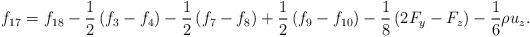
LaTeX: \begin{align*}{f_{17}} = {f_{18}} - \frac{1}{2}\left( {{f_3} - {f_4}} \right) - \frac{1}{2}\left( {{f_7} - {f_8}} \right) + \frac{1}{2}\left( {{f_9} - {f_{10}}} \right) - \frac{1}{8}\left( {2{F_y} - {F_z}} \right) - \frac{1}{6}\rho {u_z}.\end{align*}